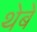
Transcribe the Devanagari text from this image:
थेबे